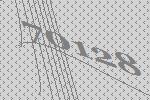
70128